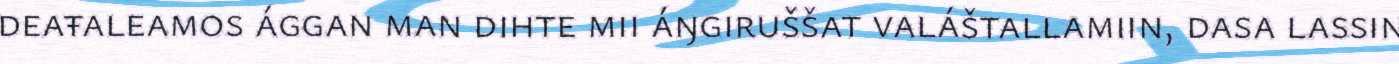
deaŧaleamos ággan man dihte mii áŋgiruššat valáštallamiin, dasa lassin